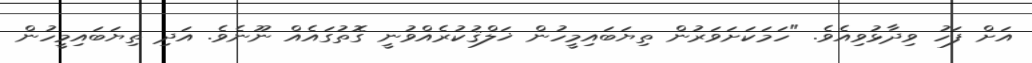
އަށް ފަހު ވިދާޅުވިއެވެ. "ހަމަކަށަވަރުން ތިޔަބައިމީހުން ޚަލްޤުކުރެއްވުނީ ގޮތުގައެއް ނޫނެވެ. އަދި ތިޔަބައިމީހުން